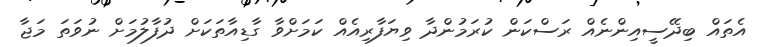
އެތައް ބިދޭސީއިންނެއް ރަސްކަން ކުރަމުންދާ ވިޔަފާރިއެއް ކަމަށްވާ ގާޑިއާތަކަށް ދުފާލުމަށް ނުވަތަ މަޖާ